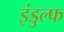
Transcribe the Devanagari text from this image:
इंडुल्फ